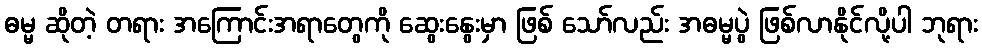
ဓမ္မ ဆိုတဲ့ တရား အကြောင်းအရာတွေကို ဆွေးနွေးမှာ ဖြစ် သော်လည်း အဓမ္မပွဲ ဖြစ်လာနိုင်လို့ပါ ဘုရား